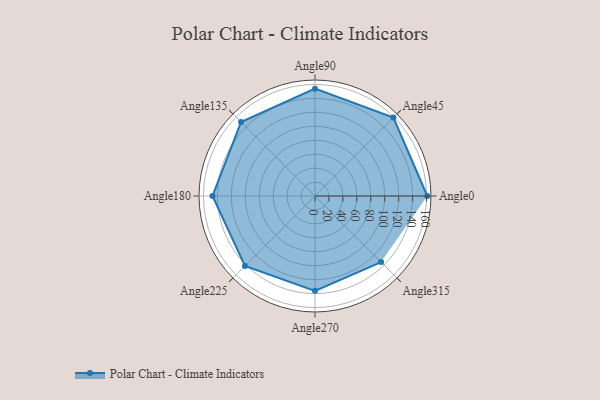
{"axis": {"x": "Angle", "y": "Radius"}, "legend": [""], "data": [{"x": "Angle0", "y": 161.0, "type": ""}, {"x": "Angle45", "y": 159.0, "type": ""}, {"x": "Angle90", "y": 154.0, "type": ""}, {"x": "Angle135", "y": 150.0, "type": ""}, {"x": "Angle180", "y": 147.0, "type": ""}, {"x": "Angle225", "y": 142.0, "type": ""}, {"x": "Angle270", "y": 136.0, "type": ""}, {"x": "Angle315", "y": 134.0, "type": ""}]}